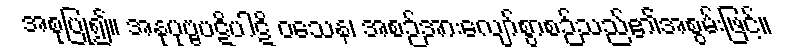
အစုပြု၍။ အနုပုဗ္ဗပဋိပါဋိ ဝသေန၊ အစဉ်အားလျော်စွာစဉ်သည်၏အစွမ်းဖြင့်။